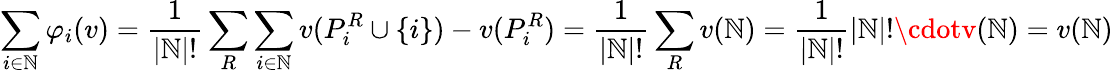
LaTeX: \sum_{i\in\mathbb{N}}\varphi_{i}(v)={\frac{{1}}{{|\mathbb{N}|!}}}\sum_{R}\sum_{i\in\mathbb{N}}v(P_{i}^{R}\cup\left\{ i\right\} )-v(P_{i}^{R})={\frac{{1}}{{|\mathbb{N}|!}}}\sum_{R}v(\mathbb{N})={\frac{{1}}{{|\mathbb{N}|!}}}|\mathbb{N}|!\cdotv(\mathbb{N})=v(\mathbb{N})